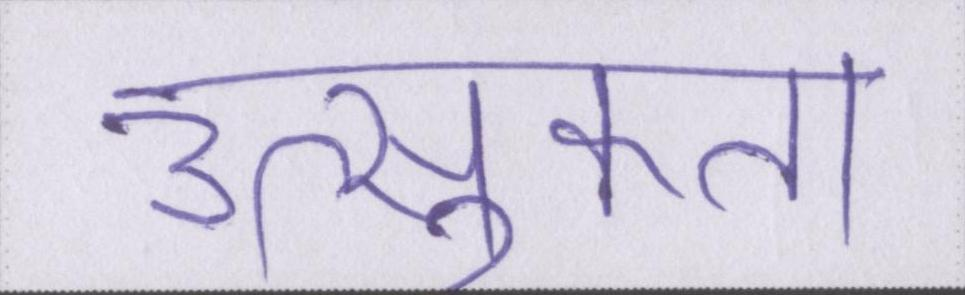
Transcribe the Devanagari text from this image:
उत्सुकता